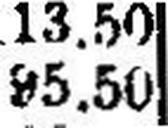
95.50